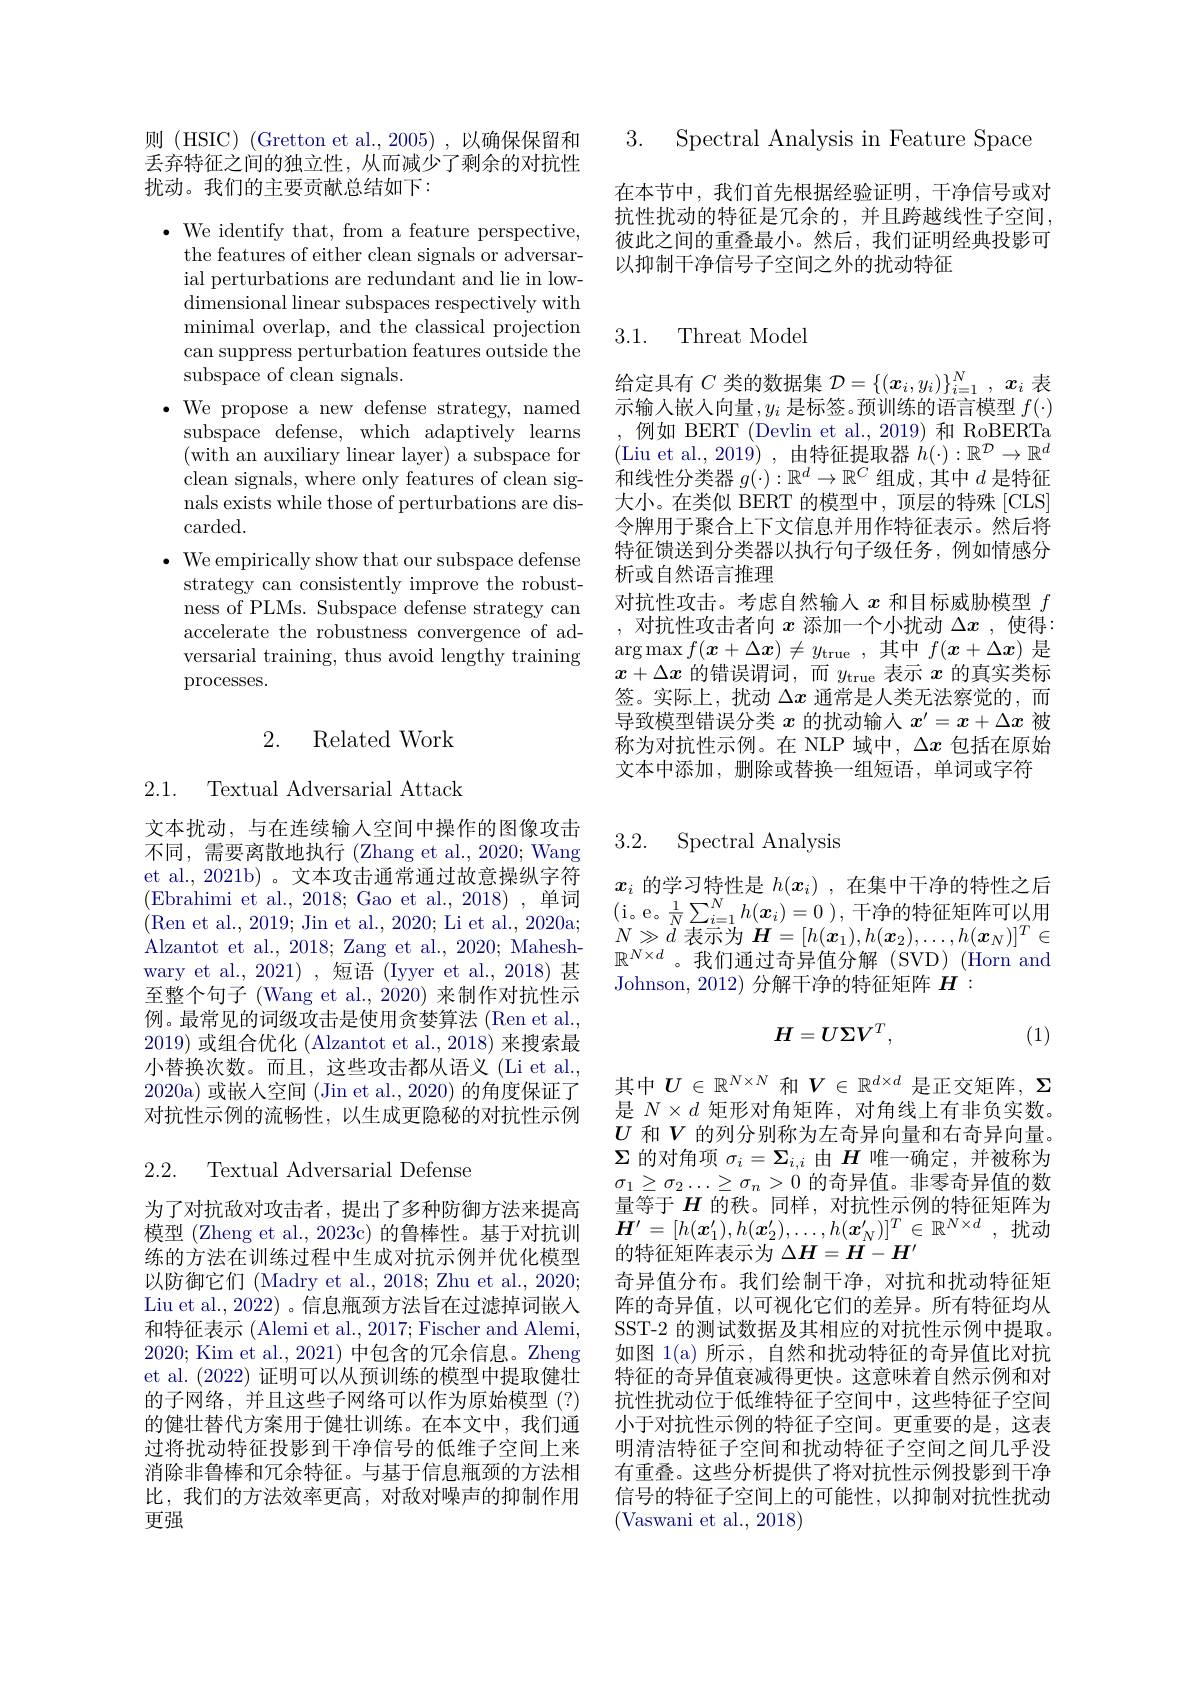
3. Spectral Analvsis in Feature Space

在本节中，我们首先根据经验证明，干净信号或对抗性扰动的特征是冗余的，并且跨越线性子空间， 彼此之间的重叠最小。然后，我们证明经典投影可以抑制干净信号子空间之外的扰动特征

3.1. Threat Model

给定具有$C$类的数据集$\mathcal{D}=\{(\boldsymbol{x}_i,y_i)\}_{i=1}^N,x_i$表示输入嵌入向量$,y_i$ 是标签。预训练的语言模型 $f(\cdot)$ ,例如 BERT (Devlin et al.,2019)和 RoBERTa (Liu et al., 2019), 由特征提取器$h(\cdot):\mathbb{R}^{\mathcal{D}}\to\mathbb{R}^d$ 和线性分类器$g(\cdot):\mathbb{R}^d\to\mathbb{R}^C$组成，其中$d$是特征大小。在类似 BERT 的模型中，顶层的特殊[CLS] 令牌用于聚合上下文信息并用作特征表示。然后将特征馈送到分类器以执行句子级任务，例如情感分析或自然语言推理
对抗性攻击。考虑自然输入$x$和目标威胁模型$f$ ,对抗性攻击者向$x$添加一个小扰动$\Delta x$ ,使得： $\arg\max f(x+\Delta\boldsymbol{x})\neq y_{\mathrm{true}}$,其中$f(x+\Delta\boldsymbol{x})$ 是$x+\Delta x$的错误谓词，而$y_\mathrm{true}$表示$x$的真实类标签。实际上，扰动$\Delta x$通常是人类无法察觉的，而导致模型错误分类$x$的扰动输人$x^{\prime}=x+\Delta x$被称为对抗性示例。在 NLP 域中，$\Delta x$包括在原始文本中添加，删除或替换一组短语，单词或字符

则 (HSIC) (Gretton et al., 2005) , 以确保保留和丢弃特征之间的独立性，从而减少了剩余的对抗性扰动。我们的主要贡献总结如下：

$\cdot{\mathrm{~We~identify~that,~from~a~feature~perspective,}}$
the features of either clean signals or adversarial perturbations are redundant and lie in lowdimensional linear subspaces respectively with minimal overlap, and the classical projection can suppress perturbation features outside the subspace of clean signals.
$\bullet$ We propose a new defense strategy, named
subspace defense, which adaptively learns (with an auxiliary linear layer) a subspace for clean signals, where only features of clean signals exists while those of perturbations are dis- $\operatorname{carded}.$
$\bullet$ We empirically show that our subspace defense
strategy can consistently improve the robustness of PLMs. Subspace defense strategy can accelerate the robustness convergence of adversarial training, thus avoid lengthy training processes.

# 2. Related Work

2.1. Textual Adversarial Attack

文本扰动，与在连续输入空间中操作的图像攻击不同，需要离散地执行 (Zhang et al., 2020; Wang et al., 2021b) 。文本攻击通常通过故意操纵字符(Ren et al., 2019; Jin et al., 2020; Li et al., 2020a; Alzantot et al. , 2018; Zang et al. , 2020; Mahesh- wary et al., 2021) , 短语 (Iyyer et al., 2018) 甚至整个句子 (Wang et al., 2020) 来制作对抗性示例。最常见的词级攻击是使用贪婪算法 (Ren et al., 2019)或组合优化 (Alzantot et al.,2018) 来搜索最小替换次数。而且，这些攻击都从语义(Li et al., 2020a) 或嵌入空间 (Jin et al., 2020) 的角度保证了对抗性示例的流畅性，以生成更隐秘的对抗性示例

2.2. Textual Adversarial Defense

为了对抗敌对攻击者，提出了多种防御方法来提高模型 (Zheng et al.,2023c)的鲁棒性。基于对抗训练的方法在训练过程中生成对抗示例并优化模型以防御它们 (Madry et al., 2018; Zhu et al., 2020; Liu et al., 2022) 。信息瓶颈方法旨在过滤掉词嵌人和特征表示 (Alemi et al., 2017; Fischer and Alemi, 2020; Kim et al., 2021) 中包含的冗余信息。Zheng et al. (2022) 证明可以从预训练的模型中提取健壮的子网络，并且这些子网络可以作为原始模型(?) 的健壮替代方案用于健壮训练。在本文中，我们通过将扰动特征投影到干净信号的低维子空间上来消除非鲁棒和冗余特征。与基于信息瓶颈的方法相比，我们的方法效率更高，对敌对噪声的抑制作用更强

## 3.2. Spectral Analysis

$N\gg d$表示为$\boldsymbol{H}=[h(\boldsymbol{x}_1),h(\boldsymbol{x}_2),\ldots,h(\boldsymbol{x}_N)]^T\in$ $\mathbb{R}^{N\times d}$。我们通过奇异值分解(SVD)(Horn and Johnson, 2012) 分解干净的特征矩阵$H:$
$$H=U\Sigma V^{T},$$
(1)

其中$U\in\mathbb{R}^{N\times N}$和$V\in\mathbb{R}^{d\times d}$是正交矩阵$,\Sigma$ 是$N\times d$矩形对角矩阵，对角线上有非负实数。$U$和$V$的列分别称为左奇异向量和右奇异向量。$\Sigma$的对角项$\sigma_i=\Sigma_{i,i}$由$H$唯一确定，并被称为$\sigma_1\geq\sigma_2\ldots\geq\sigma_n>0$的奇异值。非零奇异值的数量等于$H$的秩。同样，对抗性示例的特征矩阵为$\boldsymbol{H}^{\prime }= [ h( \boldsymbol{x}_{1}^{\prime }) , h( \boldsymbol{x}_{2}^{\prime }) , \ldots , h( \boldsymbol{x}_{N}^{\prime }) ] ^{T}\in \mathbb{R} ^{N\times d}$ ,扰动的特征矩阵表示为$\Delta H=H-H^\prime$
奇异值分布。我们绘制干净，对抗和扰动特征矩阵的奇异值，以可视化它们的差异。所有特征均从SST-2 的测试数据及其相应的对抗性示例中提取。如图 1(a) 所示，自然和扰动特征的奇异值比对抗特征的奇异值衰减得更快。这意味着自然示例和对抗性扰动位于低维特征子空间中，这些特征子空间小于对抗性示例的特征子空间。更重要的是，这表明清洁特征子空间和扰动特征子空间之间几乎没有重叠。这些分析提供了将对抗性示例投影到干净信号的特征子空间上的可能性，以抑制对抗性扰动(Vaswani et al., 2018)